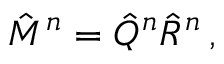
\hat { M } ^ { n } = \hat { Q } ^ { n } \hat { R } ^ { n } \, ,